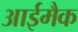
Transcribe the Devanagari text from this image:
आईमैक